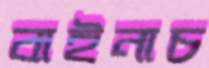
বাইনাচ